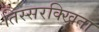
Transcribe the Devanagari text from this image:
तिस्सरक्खिता